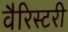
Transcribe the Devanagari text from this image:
वैरिस्टरी